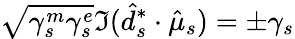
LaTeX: \sqrt{\gamma_{s}^{m}\gamma_{s}^{e}}\Im(\hat{d}_{s}^{*}\cdot\hat{\mu}_{s})=\pm\gamma_{s}